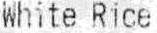
WHITE RICE